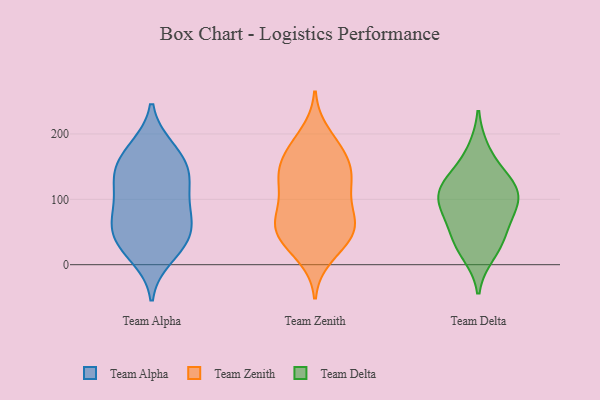
{"axis": {"x": "Backlog", "y": "Value"}, "legend": ["Team Alpha", "Team Delta", "Team Zenith"], "data": [{"x": "", "y": 142, "type": "Team Alpha"}, {"x": "", "y": 76, "type": "Team Alpha"}, {"x": "", "y": 86, "type": "Team Alpha"}, {"x": "", "y": 134, "type": "Team Alpha"}, {"x": "", "y": 50, "type": "Team Alpha"}, {"x": "", "y": 157, "type": "Team Alpha"}, {"x": "", "y": 27, "type": "Team Alpha"}, {"x": "", "y": 66, "type": "Team Alpha"}, {"x": "", "y": 177, "type": "Team Alpha"}, {"x": "", "y": 126, "type": "Team Alpha"}, {"x": "", "y": 179, "type": "Team Alpha"}, {"x": "", "y": 91, "type": "Team Alpha"}, {"x": "", "y": 12, "type": "Team Alpha"}, {"x": "", "y": 42, "type": "Team Alpha"}, {"x": "", "y": 133, "type": "Team Alpha"}, {"x": "", "y": 35, "type": "Team Alpha"}, {"x": "", "y": 30, "type": "Team Zenith"}, {"x": "", "y": 118, "type": "Team Zenith"}, {"x": "", "y": 170, "type": "Team Zenith"}, {"x": "", "y": 200, "type": "Team Zenith"}, {"x": "", "y": 73, "type": "Team Zenith"}, {"x": "", "y": 147, "type": "Team Zenith"}, {"x": "", "y": 120, "type": "Team Zenith"}, {"x": "", "y": 179, "type": "Team Zenith"}, {"x": "", "y": 79, "type": "Team Zenith"}, {"x": "", "y": 63, "type": "Team Zenith"}, {"x": "", "y": 171, "type": "Team Zenith"}, {"x": "", "y": 83, "type": "Team Zenith"}, {"x": "", "y": 134, "type": "Team Zenith"}, {"x": "", "y": 13, "type": "Team Zenith"}, {"x": "", "y": 47, "type": "Team Zenith"}, {"x": "", "y": 51, "type": "Team Zenith"}, {"x": "", "y": 53, "type": "Team Zenith"}, {"x": "", "y": 144, "type": "Team Zenith"}, {"x": "", "y": 42, "type": "Team Zenith"}, {"x": "", "y": 128, "type": "Team Zenith"}, {"x": "", "y": 92, "type": "Team Delta"}, {"x": "", "y": 126, "type": "Team Delta"}, {"x": "", "y": 126, "type": "Team Delta"}, {"x": "", "y": 125, "type": "Team Delta"}, {"x": "", "y": 17, "type": "Team Delta"}, {"x": "", "y": 72, "type": "Team Delta"}, {"x": "", "y": 174, "type": "Team Delta"}, {"x": "", "y": 37, "type": "Team Delta"}, {"x": "", "y": 95, "type": "Team Delta"}, {"x": "", "y": 41, "type": "Team Delta"}, {"x": "", "y": 98, "type": "Team Delta"}]}